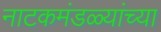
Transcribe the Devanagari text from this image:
नाटकमंडळ्यांच्या